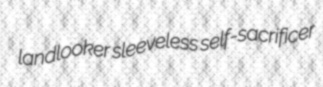
landlooker sleeveless self-sacrificer